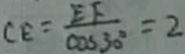
C E = \frac { E F } { \cos 3 0 ^ { \circ } } = 2